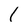
Character: 1